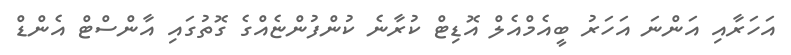
އަހަރާއި އަންނަ އަހަރު ބީއެމްއެލް އޮޑިޓް ކުރާނެ ކުންފުންޏެއްގެ ގޮތުގައި އާންސްޓް އެންޑް